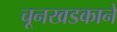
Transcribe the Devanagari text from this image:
चूनखडकाने